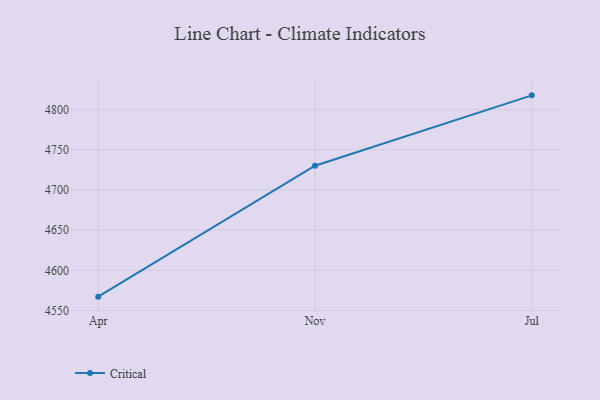
{"axis": {"x": "Month", "y": "Revenue (USD Million)"}, "legend": ["Critical"], "data": [{"x": "Apr", "y": 4567.3, "type": "Critical"}, {"x": "Nov", "y": 4730.0, "type": "Critical"}, {"x": "Jul", "y": 4817.5, "type": "Critical"}]}